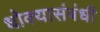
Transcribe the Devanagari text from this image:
धोक्यासंबंधी